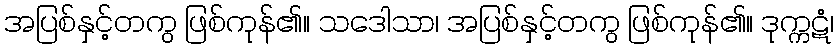
အပြစ်နှင့်တကွ ဖြစ်ကုန်၏။ သဒေါသာ၊ အပြစ်နှင့်တကွ ဖြစ်ကုန်၏။ ဒုက္ကဋံ၊